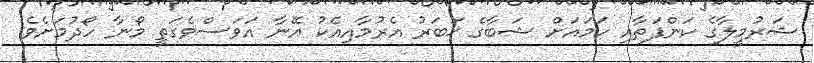
ޝަރުމީލާގެ ކަންފަތާއި ހަމައަށް ޝަބާގެ ޚަބަރު އެރުމާއިއެކު އޭނާ އަވަސްވެގަތީ މޯނާ ހޯދުމަށެވެ.